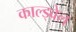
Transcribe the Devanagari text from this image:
काल्ड्वेल